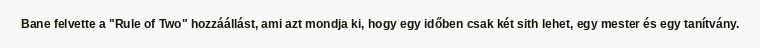
Bane felvette a "Rule of Two" hozzáállást, ami azt mondja ki, hogy egy időben csak két sith lehet, egy mester és egy tanítvány.